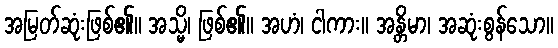
အမြတ်ဆုံးဖြစ်၏။ အသ္မိ၊ ဖြစ်၏။ အဟံ၊ ငါကား။ အန္တိမာ၊ အဆုံးစွန်သော။